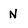
Character: N